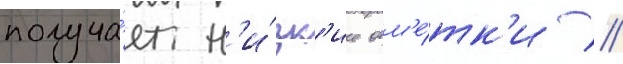
получа́ет н'и́зк'ие отм'е́тк'и //